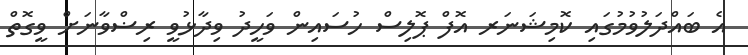
އެ ބައްދަލުވުމުގައި ކޮމިޝަނަރ އޮފް ޕޮލިސް ހުސައިން ވަހީދު ވިދާޅުވީ ރިޟްވާނަށް ވީގޮތް